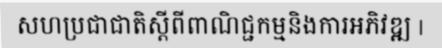
សហប្រជាជាតិស្តីពីពាណិជ្ជកម្មនិងការអភិវឌ្ឍ |